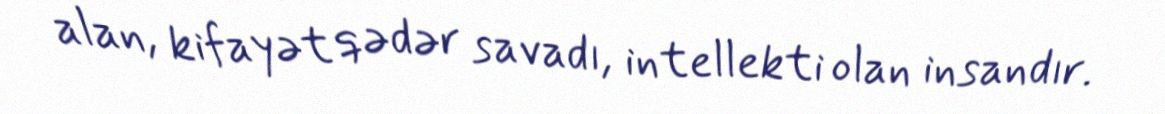
alan, kifayət qədər savadı, intellekti olan insandır.